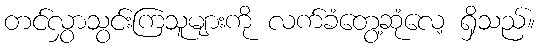
တင်လွှာသွင်းကြသူများကို လက်ခံတွေ့ဆုံလေ့ ရှိသည်။